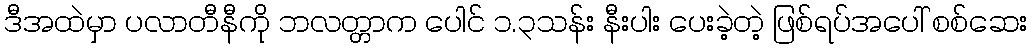
ဒီအထဲမှာ ပလာတီနီကို ဘလတ္တာက ပေါင် ၁.၃သန်း နီးပါး ပေးခဲ့တဲ့ ဖြစ်ရပ်အပေါ် စစ်ဆေး